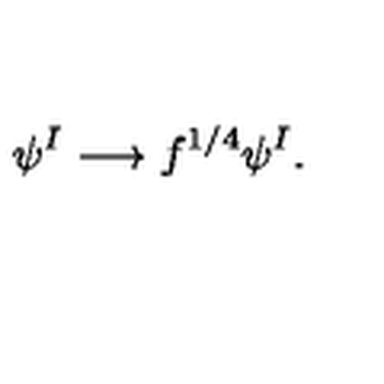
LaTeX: \psi ^ { I } \longrightarrow f ^ { 1 / 4 } \psi ^ { I } .